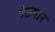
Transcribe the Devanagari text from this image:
पेठपार